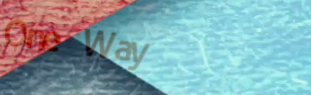
One Way